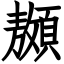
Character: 䫨